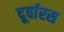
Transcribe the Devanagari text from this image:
दूर्वारस